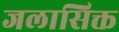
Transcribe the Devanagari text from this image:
जलासिक्त